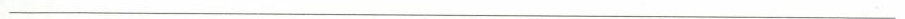
___